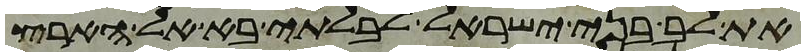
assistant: את לב בני ישראל לבלתי בא אל הארץ